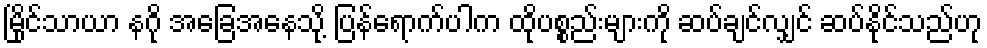
မြိုင်သာယာ နဂို အခြေအနေသို့ ပြန်ရောက်ပါက ထိုပစ္စည်းများကို ဆပ်ချင်လျှင် ဆပ်နိုင်သည်ဟု